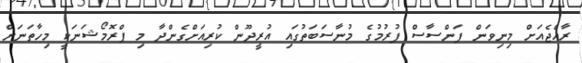
ރާއްޖެއަށް މިނިވަން ފަންސާސް ފުރުމުގެ މުނާސަބަތުގައި އުރީދޫން ކުރިއަށްގެންދާ މި ޕްރޮމޯޝަނަކީ މިހާތަނަށް